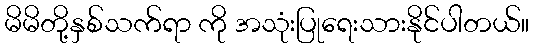
မိမိတို့နှစ်သက်ရာ ကို အသုံးပြုရေးသားနိုင်ပါတယ်။